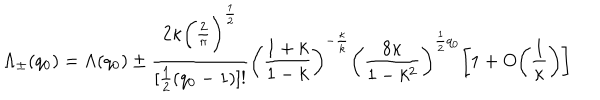
\Lambda _ { \pm } ( q _ { 0 } ) = \Lambda ( q _ { 0 } ) \pm \frac { 2 \kappa \bigg ( \frac { 2 } { \pi } \bigg ) ^ { \frac { 1 } { 2 } } } { [ \frac { 1 } { 2 } ( q _ { 0 } - 1 ) ] ! } \bigg ( \frac { 1 + k } { 1 - k } \bigg ) ^ { - \frac { \kappa } { k } } \bigg ( \frac { 8 \kappa } { 1 - k ^ { 2 } } \bigg ) ^ { \frac { 1 } { 2 } q _ { 0 } } \bigg [ 1 + O \bigg ( \frac { 1 } { \kappa } \bigg ) \bigg ]